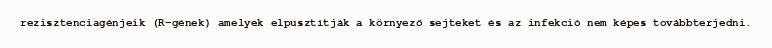
rezisztenciagénjeik (R-gének) amelyek elpusztítják a környező sejteket és az infekció nem képes továbbterjedni.